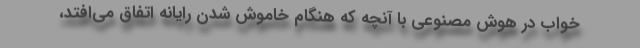
خواب در هوش مصنوعی با آنچه که هنگام خاموش شدن رایانه اتفاق می‌افتد،